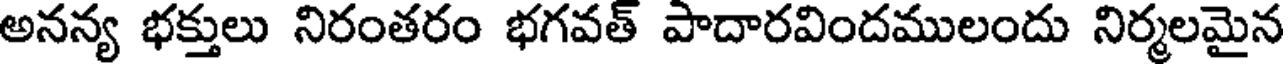
అనన్య భక్తులు నిరంతరం భగవత్ పాదారవిందములందు నిర్మలమైన